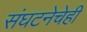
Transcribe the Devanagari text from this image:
संघटनेचेही